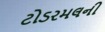
ટોડરમલની